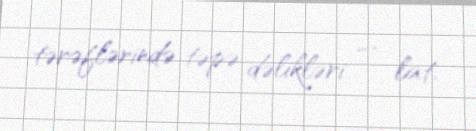
tərəflərində təpə dəlikləri — lat.